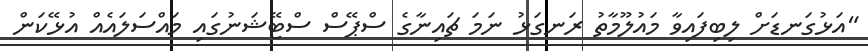
"އަޅުގަނޑަށް ލިބިފައިވާ މައުލޫމާތު ރަނގަޅު ނަމަ ޗައިނާގެ ސްޕޭސް ސްޓޭޝަނުގައި މައްސަލައެއް އުޅޭކަން